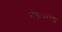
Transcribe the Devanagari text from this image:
गंगाधरांना